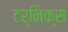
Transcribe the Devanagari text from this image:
टर्निक्स